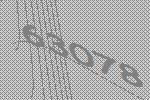
63078